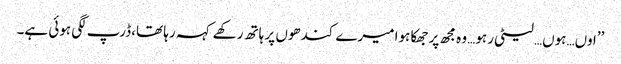
’’اوں…ہوں…لیٹی رہو… وہ مجھ پر جھکا ہوا میرے کندھوں پر ہاتھ رکھے کہہ رہا تھا،ڈرپ لگی ہوئی ہے۔